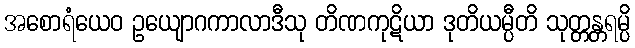
အစောရံယေဝ ဥယျောဂကာလာဒီသု တိဏကုဋိယာ ဒုတိယမ္ပီတိ သုတ္တန္တရမ္ပိ